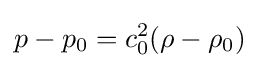
p-p_{0}=c_{0}^{2}(\rho -\rho _{0})